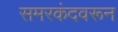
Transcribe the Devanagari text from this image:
समरकंदवरून